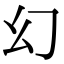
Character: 幻